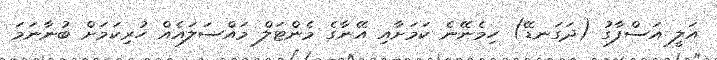
އަލީ އަސްފާގު (ދަގަނޑޭ) ހިމެނޭނެ ކަމަށާއި އޭނާގެ މެންޓަލް މައްސަލައެއް ހުރިކަމަށް ބުނާނަމަ